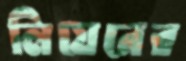
লিয়েনের